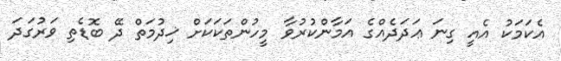
އެކަމަކު އެއީ ގިނަ ޢަދަދެއްގެ އަމާންކުރުވާ މީހުންތަކަކަށް ޚިދުމަތް ދޭ ބޮޑެތި ވަރުގަދަ